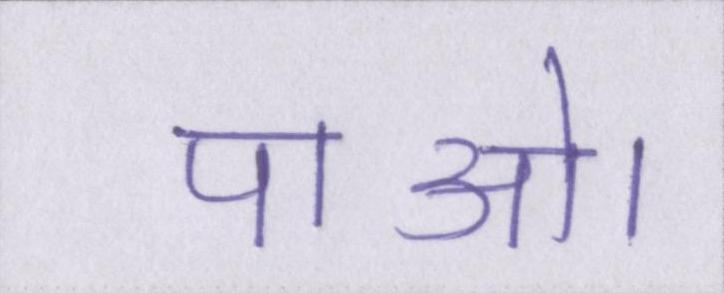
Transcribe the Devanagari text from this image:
पाओ।